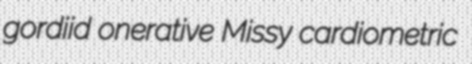
gordiid onerative Missy cardiometric